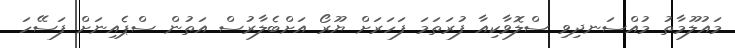
މައުލޫމާތު މުއްސަނދިވި ސްލޮވާކިއާ ފުރަތަމަ ފަހަރަށް ޔޫރޯ އަށްބެލާރުސް އަތުން ސްޕެއިނަށް ފަސޭހަ